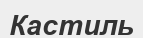
Кастиль